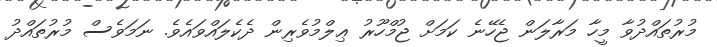
މުރުތައްދުވާ މީހާ މަރާލަން ޖެހޭނެ ކަމަށް ޖުމްހޫރު ޢިލްމުވެރިން ދެކެލައްވައެވެ. ނަމަވެސް މުރުތައްދު